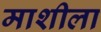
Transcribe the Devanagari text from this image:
माशीला